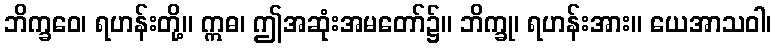
ဘိက္ခဝေ၊ ရဟန်းတို့။ ဣဓ၊ ဤအဆုံးအမတော်၌။ ဘိက္ခု၊ ရဟန်းအား။ ယေအာသဝါ၊